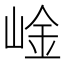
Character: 崯